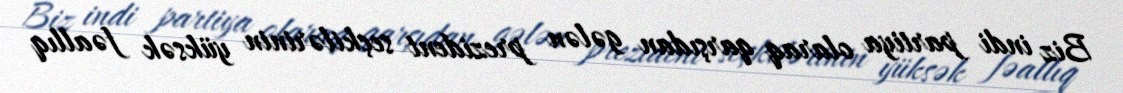
Biz indi partiya olaraq qarşıdan gələn prezident seçkilərinin yüksək fəallıq